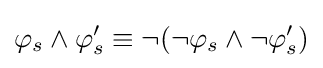
\varphi _{s}\land \varphi '_{s}\equiv \neg (\neg \varphi _{s}\land \neg \varphi '_{s})